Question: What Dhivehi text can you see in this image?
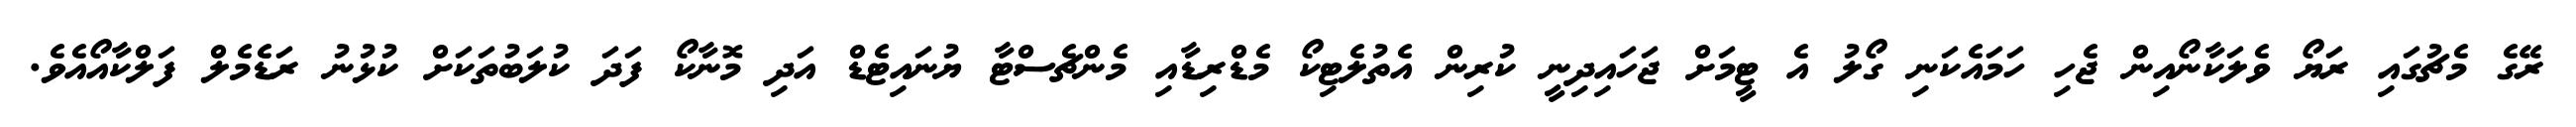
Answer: ރޭގެ މެޗުގައި ރަޔޯ ވެލަކާނޯއިން ޖެހި ހަމައެކަނި ގޯލު އެ ޓީމަށް ޖަހައިދިނީ ކުރިން އެތުލެޓިކޯ މެޑްރިޑާއި މެންޗެސްޓާ ޔުނައިޓެޑް އަދި މޮނާކޯ ފަދަ ކުލަބުތަކަށް ކުޅުނު ރަޑެމެލް ފަލްކާއޯއެވެ.